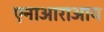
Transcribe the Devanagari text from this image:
एनाआराआय